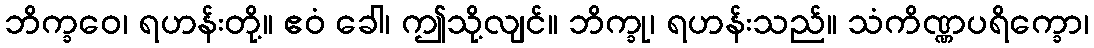
ဘိက္ခဝေ၊ ရဟန်းတို့။ ဧဝံ ခေါ၊ ဤသို့လျင်။ ဘိက္ခု၊ ရဟန်းသည်။ သံကိဏ္ဏပရိက္ခော၊